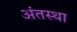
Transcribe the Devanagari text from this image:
अंंतस्था